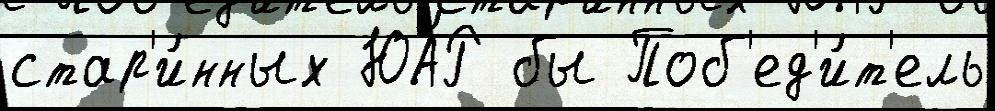
стар'и́нных ЮА́Р бы Поб'ед'и́т'ель